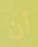
أن